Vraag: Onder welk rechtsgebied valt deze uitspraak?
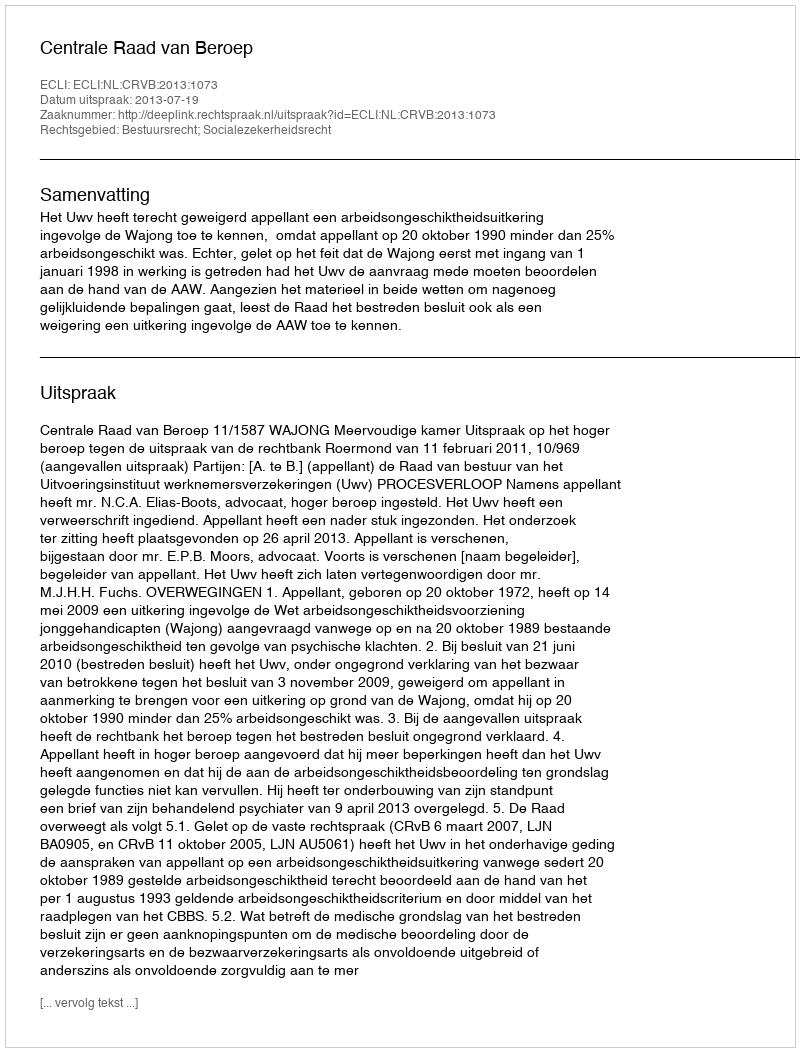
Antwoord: Bestuursrecht; Socialezekerheidsrecht